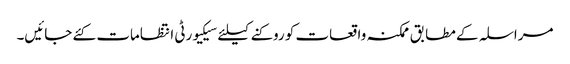
مراسلہ کے مطابق ممکنہ واقعات کو روکنے کیلئے سیکیورٹی انتظامات کئے جائیں۔